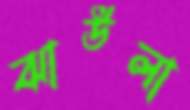
ঝাউলা